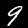
Label: 9